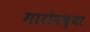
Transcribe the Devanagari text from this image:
गारोनच्या